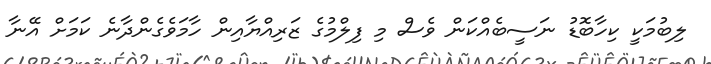
ލިބުމަކީ ކިހާބޮޑު ނަސީބެއްކަން ވެސް މި ފިލްމުގެ ޒަރިއްޔާއިން ހާމަވެގެންދާނެ ކަމަށް އޭނާ